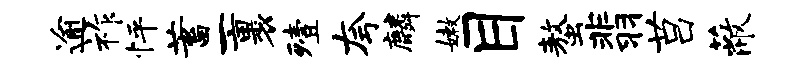
逾祚怦蓄一裹殪夸麟嫩目螯翡莒蔽